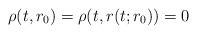
\begin{align*}\rho(t,r_{0})=\rho(t,r(t;r_{0}))=0\end{align*}